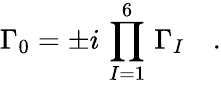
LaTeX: \Gamma_{0}=\pm i\, \prod_{I=1}^{6}\, \Gamma_{I}\quad.